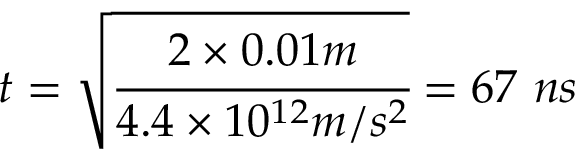
t = \sqrt { \cfrac { 2 \times 0 . 0 1 m } { 4 . 4 \times 1 0 ^ { 1 2 } m / s ^ { 2 } } } = 6 7 ~ n s